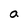
Character: a